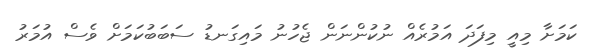
ކަމަށާ މިއީ މިފަދަ އަމުރެއް ނުކުންނަން ޖެހުނު މައިގަނޑު ސަބަބުކަމަށް ވެސް އުމަރު